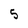
Character: 5